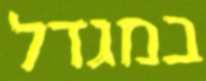
במגדל